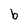
Character: b